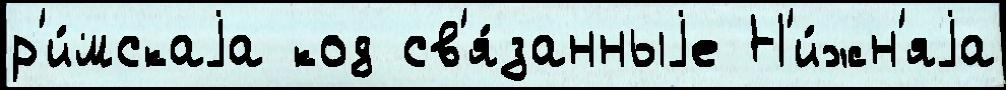
р'и́мскаjа код св'я́занныjе Н'и́жн'яjа